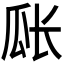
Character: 𪼴